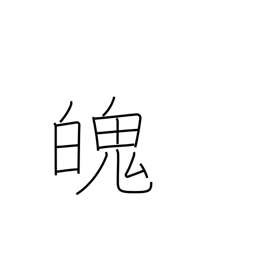
Meaning: soul